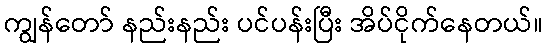
ကျွန်တော် နည်းနည်း ပင်ပန်းပြီး အိပ်ငိုက်နေတယ်။